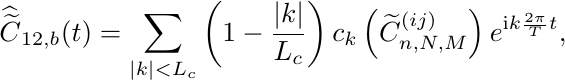
\begin{equation*}
\widehat{\widetilde  C}_{12,b}(t)=\sum_{|k|<L_{c}}\left(1-\frac{|k|}{L_{c}}\right) c_{k}\left(\widetilde
 C^{(ij)}_{n, N, M}\right) e^{\mathrm{i} k \frac{2\pi}{T}t},
\end{equation*}